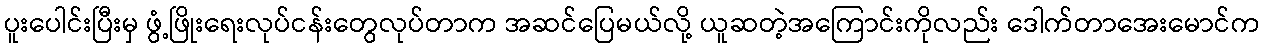
ပူးပေါင်းပြီးမှ ဖွံ့ဖြိုးရေးလုပ်ငန်းတွေလုပ်တာက အဆင်ပြေမယ်လို့ ယူဆတဲ့အကြောင်းကိုလည်း ဒေါက်တာအေးမောင်က